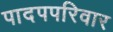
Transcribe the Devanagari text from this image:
पादपपरिवार